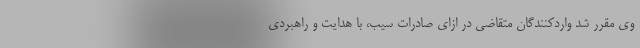
وی مقرر شد واردکنندگان متقاضی در ازای صادرات سیب، با هدایت و راهبردی